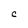
Character: C